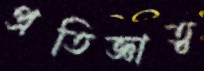
প্রতিজ্ঞাত্ব